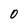
Character: 0